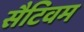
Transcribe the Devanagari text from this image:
सैटिवम